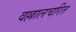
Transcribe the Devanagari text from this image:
वल्लालचरित